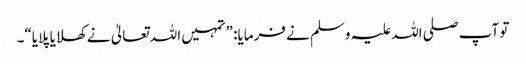
تو آپ صلی اللہ علیہ وسلم نے فرمایا: ”تمہیں اللہ تعالیٰ نے کھلایا پلایا“۔